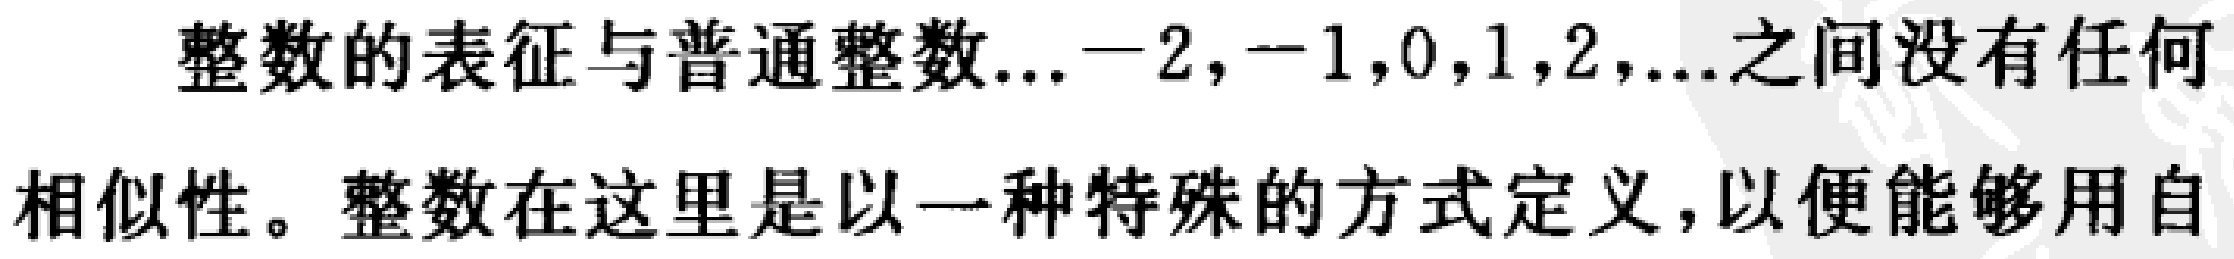
整数的表征与普通整数...$-2,-1,0,1,2,...$之间没有任何相似性。整数在这里是以一种特殊的方式定义，以便能够用自